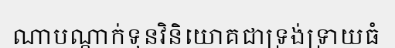
ណាបណ្តាក់ទុនវិនិយោគជាទ្រង់ទ្រាយធំ